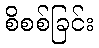
စိစစ်ခြင်း